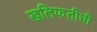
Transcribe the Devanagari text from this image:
खलिफतीची